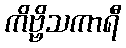
ကိဗ္ဗိသကာရီ